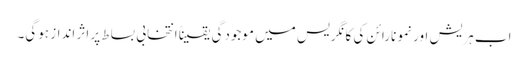
اب ہریش اور نمو نارائن کی کانگریس میں موجودگی یقیناً انتخابی بساط پر اثر انداز ہوگی۔